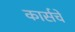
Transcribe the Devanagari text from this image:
कार्सचे